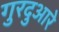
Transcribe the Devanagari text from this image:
गुरदुआरे